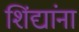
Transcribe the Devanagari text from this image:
शिंद्यांना